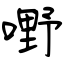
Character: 嘢